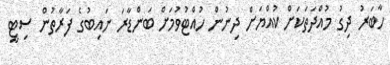
ހާބަރު ދިގު މުއްދަތަކަށް ކުއްޔަށް ދިނުން ހުއްޓުވުމަށް ބަންޑާރަ ނައިބުގެ ފަރާތުން ސިޓީ